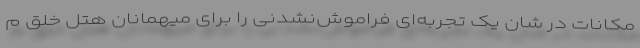
مکانات در شان یک تجربه‌ای فراموش‌نشدنی را برای میهمانان هتل خلق م